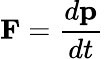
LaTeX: \mathbf{F}={\frac{d\mathbf{p}}{dt}}